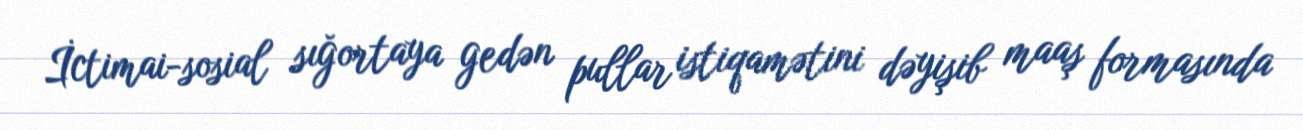
İctimai-sosial sığortaya gedən pullar istiqamətini dəyişib maaş formasında